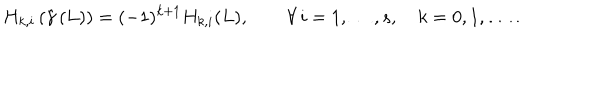
LaTeX: H _ { k , i } \left( { \hat { \gamma } } \left( L \right) \right) = ( - 1 ) ^ { k + 1 } H _ { k , i } ( L ) , \qquad \forall \, i = 1 , \ldots , s , \quad k = 0 , 1 , \ldots \, .